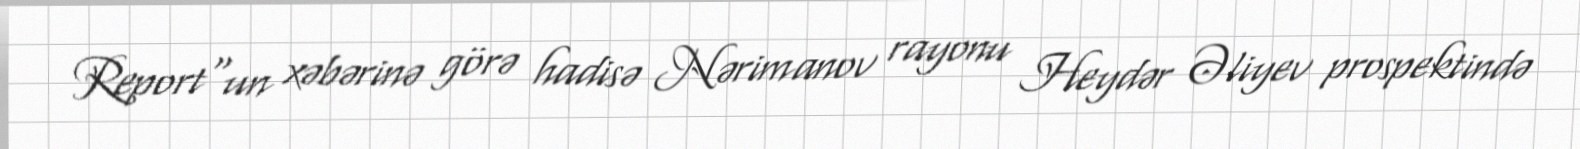
Report"un xəbərinə görə hadisə Nərimanov rayonu Heydər Əliyev prospektində